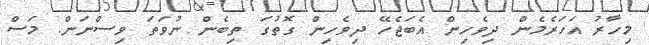
މިހާރު އަހަރެމެން ދިވެހިން އެބަޖެހޭ ދިވެހިން ގޮތުގަ ތިބެން ނުވަތަ ވިސްނަން. މަސް